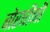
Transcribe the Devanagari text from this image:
बोरघीनी